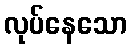
လုပ်နေသော